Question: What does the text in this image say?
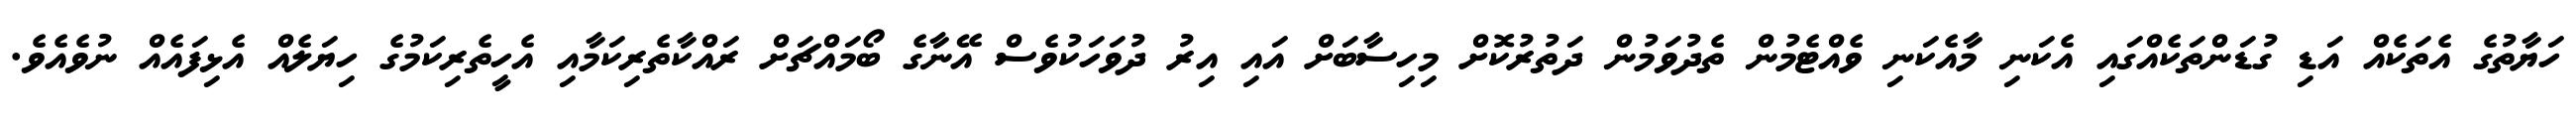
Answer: ހަޔާތުގެ އެތަކެއް އަޑި ގުޑަންތަކެއްގައި އެކަނި މާއެކަނި ވެއްޓެމުން ތެދުވަމުން ދަތުރުކޮށް މިހިސާބަށް އައި އިރު ދުވަހަކުވެސް އޭނާގެ ބޯމައްޗަށް ރައްކާތެރިކަމާއި އެހީތެރިކަމުގެ ހިޔަލެއް އެޅިފައެއް ނުވެއެވެ.